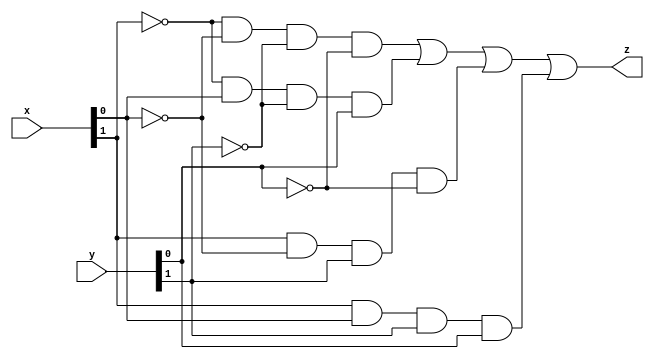
`timescale 1ns/100ps
module comparator(z,x,y);
input [1:0]x,y ; output z;

assign z = (~x[1] & ~x[0] & ~y[1] & ~y[0]) |
           (~x[1] & x[0]  & ~y[1] & y[0] ) |
           ( x[1] & ~x[0] &  y[1] & ~y[0]) |
           ( x[1] &  x[0] &  y[1] &  y[0]);
endmodule